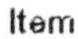
ITEM